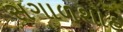
સગાળશાહ